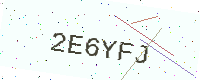
Text: 2E6YFJ